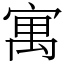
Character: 寓